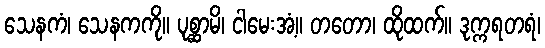
သေနကံ၊ သေနကကို။ ပုစ္ဆာမိ၊ ငါမေးအံ့။ တတော၊ ထိုထက်။ ဒုက္ကရတရံ၊